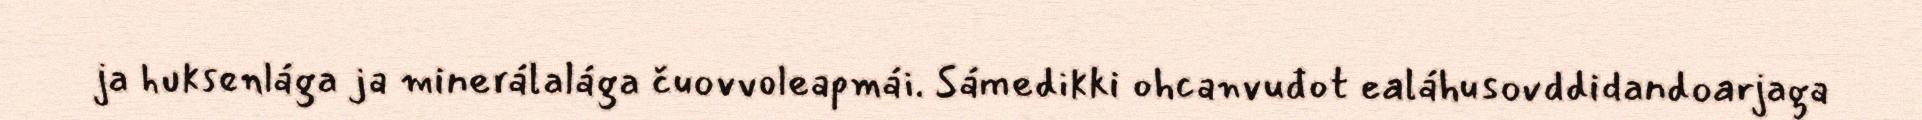
ja huksenlága ja minerálalága čuovvoleapmái. Sámedikki ohcanvuđot ealáhusovddidandoarjaga